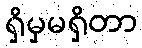
ရှိမှမရှိတာ